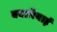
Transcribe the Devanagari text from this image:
बवारियाई